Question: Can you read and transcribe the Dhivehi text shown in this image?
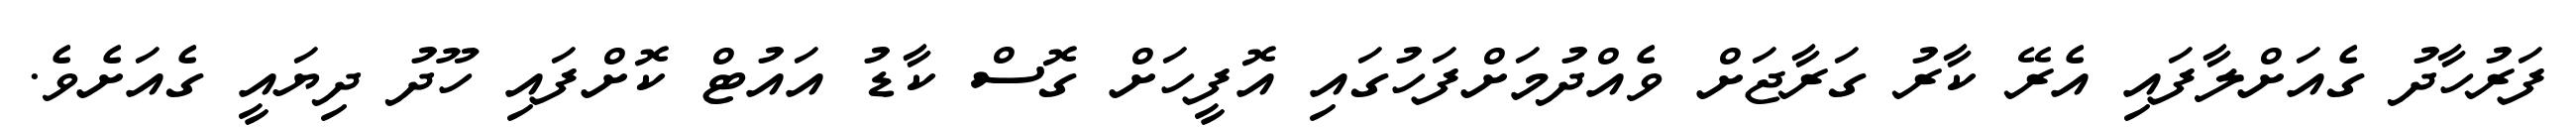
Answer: ފަރުހާދު ގެއަށްލާފައި އެރޭ ކާރު ގަރާޖަށް ވެއްދުމަށްފަހުގައި އޮފީހަށް ގޮސް ކާޑު އައުޓް ކޮށްފައި ހޫދު ދިޔައީ ގެއަށެވެ.